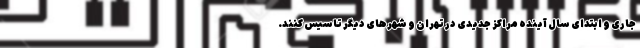
جاری و ابتدای سال آینده مراکز جدیدی در تهران و شهرهای دیگر تاسیس کنند.